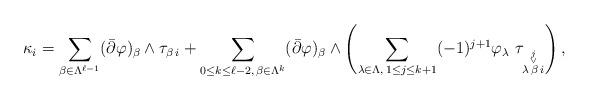
LaTeX: \begin{align*}\kappa_i = \underset{\beta \in \Lambda^{\ell-1}}{\sum} (\bar{\partial}\varphi)_\beta \wedge \tau_{\beta\, i}+\displaystyle\sum_{0 \le k \le \ell-2,\,\beta \in \Lambda^{k}}(\bar{\partial}\varphi)_\beta \wedge \left(\displaystyle\sum_{\lambda \in \Lambda,\, 1 \le j \le k+1}(-1)^{j+1} \varphi_\lambda\,\, \tau_{\overset{\overset{j}{\vee}}{\lambda\, \beta\, i}}\right),\end{align*}